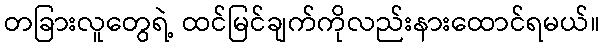
တခြားလူတွေရဲ့ ထင်မြင်ချက်ကိုလည်းနားထောင်ရမယ်။